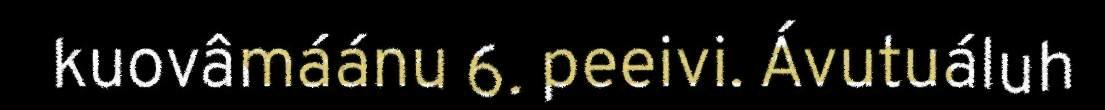
kuovâmáánu 6. peeivi. Ávutuáluh